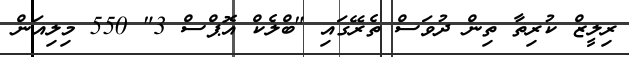
ރިލީޒް ކުރިތާ ތިން ދުވަސް ތެރޭގައި "ބްލެކް އޮޕްސް 3" 550 މިލިއަން